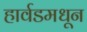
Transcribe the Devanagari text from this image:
हार्वडमधून